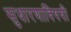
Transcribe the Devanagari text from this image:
सुधारणाविषयी